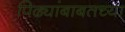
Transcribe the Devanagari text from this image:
पिढ्यांबाबतच्या